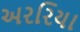
અરરિયા